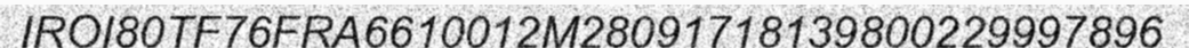
IROI80TF76FRA6610012M28091718139800229997896